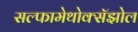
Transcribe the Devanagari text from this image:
सल्फामेथोक्सॅझोल